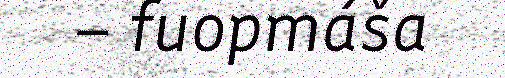
– fuopmáša